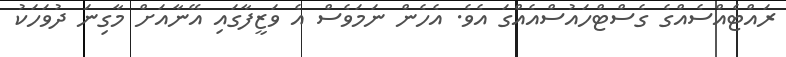
ރައްޓެއްސެއްގެ ގެސްޓްހައުސްއެއްގަ އެވެ. އެހެން ނަމަވެސް އެ ވަޒީފާގައި އޭނާއަށް މާގިނަ ދުވަހަކު